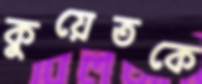
কুয়েতকে